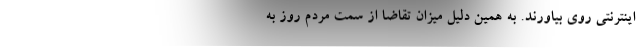
اینترنتی روی بیاورند. به همین دلیل میزان تقاضا از سمت مردم روز به